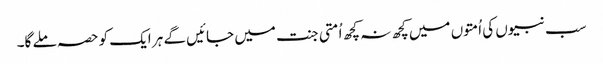
سب نبیوں کی اُمتوں میں کچھ نہ کچھ اُمتی جنت میں جائیں گے ہر ایک کو حصہ ملے گا۔